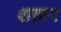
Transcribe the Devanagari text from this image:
शहार